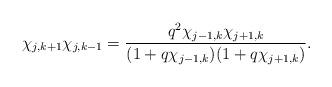
LaTeX: \begin{align*} \chi_{j,k+1}\chi_{j,k-1}=\frac{q^2\chi_{j-1,k} \chi_{j+1,k}}{(1+q\chi_{j-1,k}) (1+q\chi_{j+1,k})} .\end{align*}